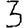
Digit: 3